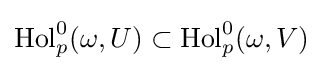
\operatorname {Hol} _{p}^{0}(\omega ,U)\subset \operatorname {Hol} _{p}^{0}(\omega ,V)